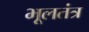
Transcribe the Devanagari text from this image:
भूलतंत्र